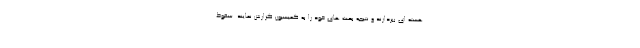
هسته ای بپردازند و نتیجه بحث های خود را به کمیسیون گزارش نمایند. سقوط